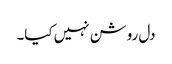
دل روشن نہیں کیا۔